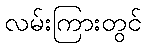
လမ်းကြားတွင်